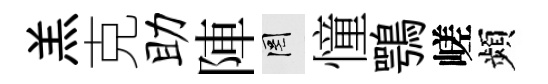
羔克助陣罔憧鶚嵯頻